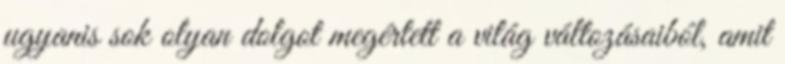
ugyanis sok olyan dolgot megértett a világ változásaiból, amit